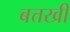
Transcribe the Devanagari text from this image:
बत्तखी